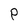
Character: P